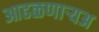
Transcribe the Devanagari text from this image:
आढळणार्‍यअ